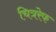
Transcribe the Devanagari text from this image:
चित्ररेफ